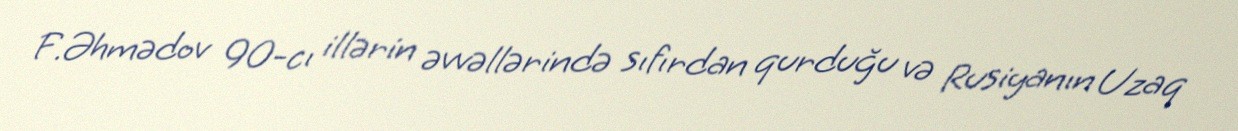
F.Əhmədov 90-cı illərin əvvəllərində sıfırdan qurduğu və Rusiyanın Uzaq